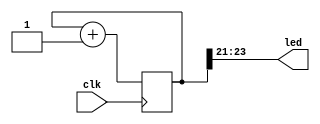
module blinkc2(
	             input clk,
	             output [2:0] led
	             );
	
	 reg [23:0] cnt;
	 always @(posedge clk) cnt <= cnt + 24'd1;
	
	 assign led[2] = cnt[23];
   assign led[1] = cnt[22];
   assign led[0] = cnt[21];
	
	endmodule